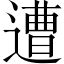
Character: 遭